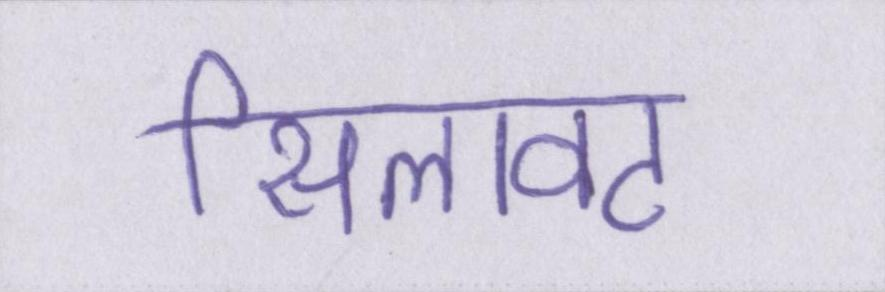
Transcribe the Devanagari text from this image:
सिलावट